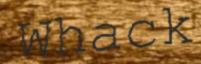
Whack